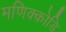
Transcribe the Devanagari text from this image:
मणिक्कोडि